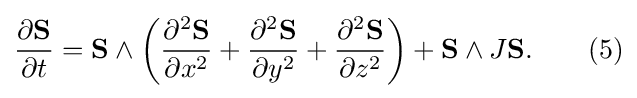
{\frac {\partial \mathbf {S} }{\partial t}}=\mathbf {S} \wedge \left({\frac {\partial ^{2}\mathbf {S} }{\partial x^{2}}}+{\frac {\partial ^{2}\mathbf {S} }{\partial y^{2}}}+{\frac {\partial ^{2}\mathbf {S} }{\partial z^{2}}}\right)+\mathbf {S} \wedge J\mathbf {S} .\qquad (5)